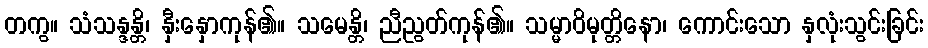
တကွ။ သံသန္ဒန္တိ၊ နှီးနှောကုန်၏။ သမေန္တိ၊ ညီညွတ်ကုန်၏။ သမ္မာဝိမုတ္တိနော၊ ကောင်းသော နှလုံးသွင်းခြင်း